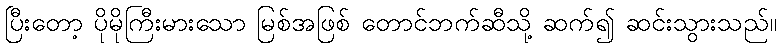
ပြီးတော့ ပိုမိုကြီးမားသော မြစ်အဖြစ် တောင်ဘက်ဆီသို့ ဆက်၍ ဆင်းသွားသည်။